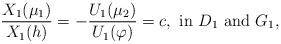
LaTeX: \begin{align*}\frac{ X_1(\mu_1) }{X_1(h)}=-\frac{U_1(\mu_2)}{U_1(\varphi)}=c, \mbox{ in } D_1 \mbox{ and } G_1, \end{align*}